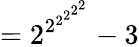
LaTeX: ={2^{2^{2^{2^{2^{2}}}}}}-3